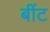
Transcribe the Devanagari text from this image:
बींट